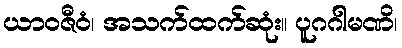
ယာဝဇီဝံ၊ အသက်ထက်ဆုံး။ ပူဂဂါမဏိ၊